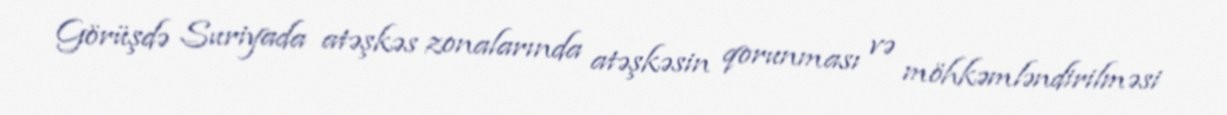
Görüşdə Suriyada atəşkəs zonalarında atəşkəsin qorunması və möhkəmləndirilməsi